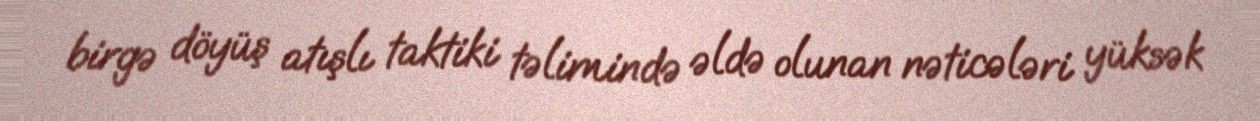
birgə döyüş atışlı taktiki təlimində əldə olunan nəticələri yüksək